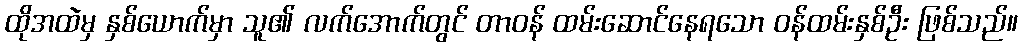
ထိုအထဲမှ နှစ်ယောက်မှာ သူ၏ လက်အောက်တွင် တာဝန် ထမ်းဆောင်နေရသော ဝန်ထမ်းနှစ်ဦး ဖြစ်သည်။